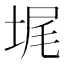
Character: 𰉵